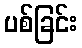
ပစ်ခြင်း